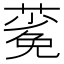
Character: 𬞎